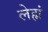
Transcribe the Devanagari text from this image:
लेह्मं